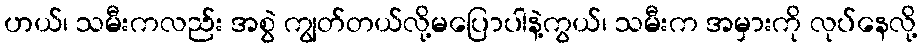
ဟယ်၊ သမီးကလည်း အစွဲ ကျွတ်တယ်လို့မပြောပါနဲ့ကွယ်၊ သမီးက အမှားကို လုပ်နေလို့